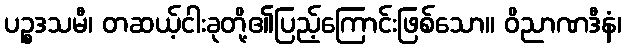
ပဉ္စဒသမီ၊ တဆယ့်ငါးခုတို့၏ပြည့်ကြောင်းဖြစ်သော။ ဝိညာဏဒီနံ၊